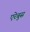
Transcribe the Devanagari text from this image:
एरेबुस